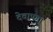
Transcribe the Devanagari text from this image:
देवापगा